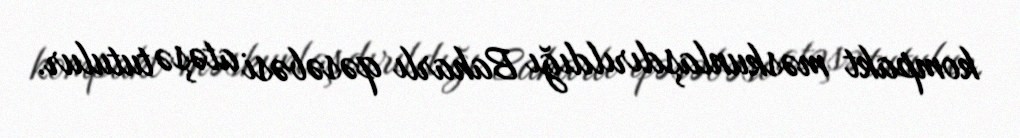
kompakt məskunlaşdırıldığı Baharlı qəsəbəsi atəşə tutulur.